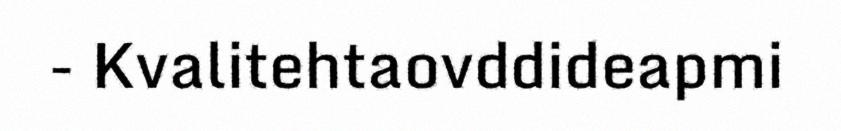
- Kvalitehtaovddideapmi